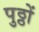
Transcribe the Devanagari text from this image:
पुठ्ठों